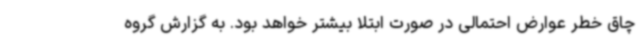
چاق خطر عوارض احتمالی در صورت ابتلا بیشتر خواهد بود. به گزارش گروه